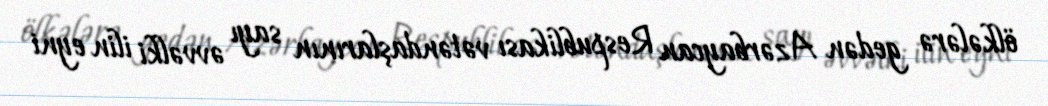
ölkələrə gedən Azərbaycan Respublikası vətəndaşlarının sayı əvvəlki ilin eyni